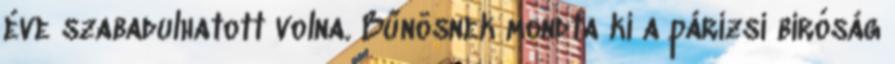
éve szabadulhatott volna. Bűnösnek mondta ki a párizsi bíróság